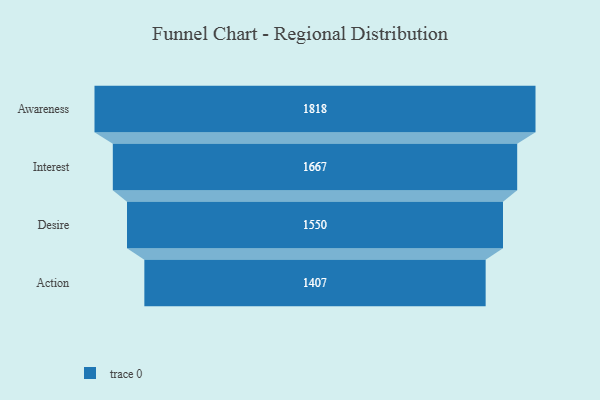
{"axis": {"x": "Stage", "y": "Value"}, "legend": [""], "data": [{"x": "Awareness", "y": 1818.0, "type": ""}, {"x": "Interest", "y": 1667.0, "type": ""}, {"x": "Desire", "y": 1550.0, "type": ""}, {"x": "Action", "y": 1407.0, "type": ""}]}